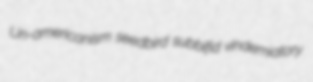
Un-americanism seedbird subbifid vindemiatory